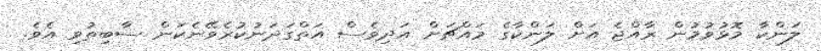
ލަންކާ މޮޅުވުމުން ރާއްޖެ އަށް ލަންކާގެ މައްޗަށް އަދިވެސް އަތްގަދަނުކުރެވޭނެކަން ސާބިތުވި އެވެ.